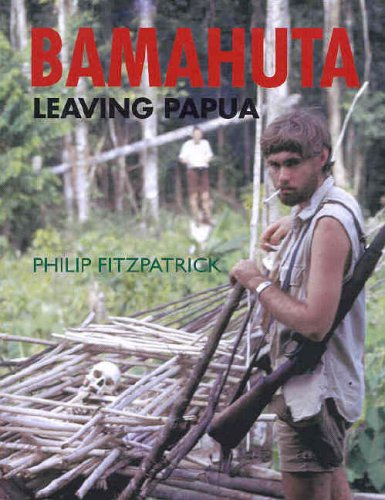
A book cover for Bamahuta: Leaving Papua; Philip Fitzpatrick; Travel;